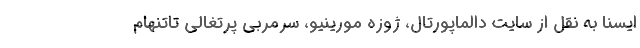
ایسنا به نقل از سایت دالماپورتال، ژوزه مورینیو، سرمربی پرتغالی تاتنهام